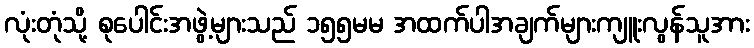
လုံးတုံသို့ စုပေါင်းအဖွဲ့များသည် ၁၅၅မမ အထက်ပါအချက်များကျူးလွန်သူအား